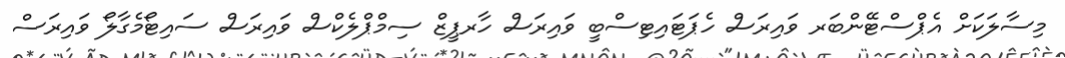
މިސާލަކަށް އެޕްސްޓޭންބަރ ވައިރަސް ހެޕަޓައިޓިސްބީ ވައިރަސް ހާރޕީޒް ސިމްޕްލެކްސް ވައިރަސް ސައިޓޯމެގާލޯ ވައިރަސް